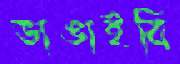
ভাঙাইবি